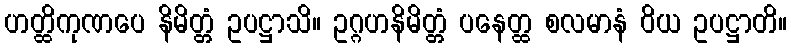
ဟတ္ထိကုဏပေ နိမိတ္တံ ဥပဋ္ဌာသိ။ ဥဂ္ဂဟနိမိတ္တံ ပနေတ္ထ စလမာနံ ဝိယ ဥပဋ္ဌာတိ။